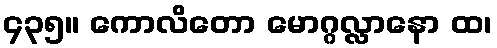
၄၃၅။ ကောလိတော မောဂ္ဂလ္လာနော ထ၊